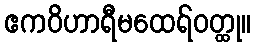
ဧကဝိဟာရီမထေရ်ဝတ္ထု။